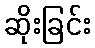
ဆိုးခြင်း